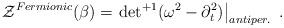
LaTeX: \begin{align*}{\cal Z}^{Fermionic} (\beta) =\left. { \det}^{+1} (\omega^2 - \partial_t^2 )\right|_{antiper.} \;.\end{align*}